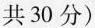
共30分)